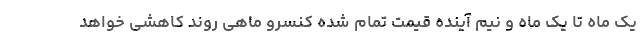
یک ماه تا یک ماه و نیم آینده قیمت تمام شده کنسرو ماهی روند کاهشی خواهد